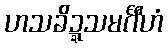
ဟသခိဍ္ဍသမင်္ဂီဟံ